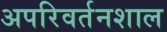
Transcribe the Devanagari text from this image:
अपरिवर्तनशाल